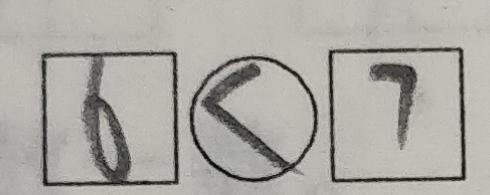
\boxed { 6 } \textcircled { < } \boxed { 7 }